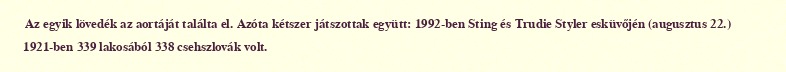
Az egyik lövedék az aortáját találta el. Azóta kétszer játszottak együtt: 1992-ben Sting és Trudie Styler esküvőjén (augusztus 22.) 1921-ben 339 lakosából 338 csehszlovák volt.